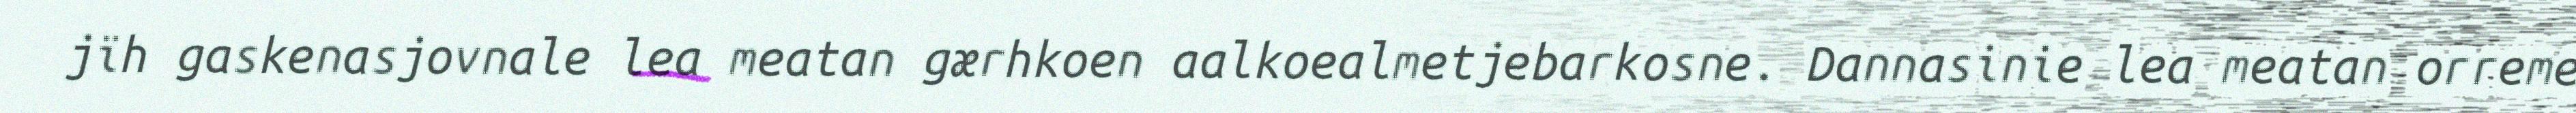
jïh gaskenasjovnale lea meatan gærhkoen aalkoealmetjebarkosne. Dannasinie lea meatan orreme